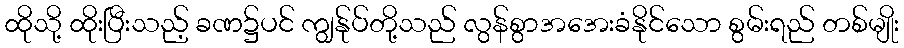
ထိုသို့ ထိုးပြီးသည့် ခဏ၌ပင် ကျွန်ုပ်တို့သည် လွန်စွာအအေးခံနိုင်သော စွမ်းရည် တစ်မျိုး